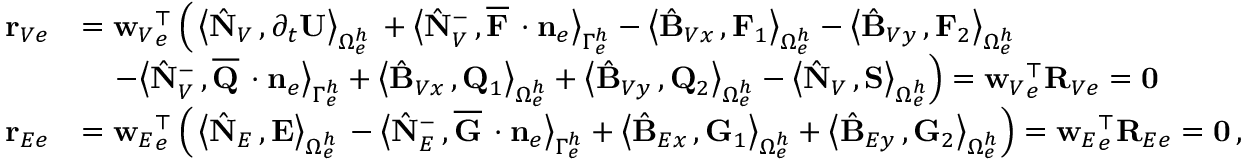
\begin{array} { r l } { { \bf r } _ { V e } } & { = { { \bf w } _ { V } } _ { e } ^ { \top } \left( \, \big \langle \hat { \bf N } _ { V } \, , \partial _ { { t } } { \bf U } \big \rangle _ { \Omega _ { e } ^ { h } } \, + \big \langle \hat { \bf N } _ { V } ^ { - } \, , \overline { { { \bf F } } } \, \cdot { { \bf n } } _ { e } \big \rangle _ { \Gamma _ { e } ^ { h } } - \big \langle \hat { \bf B } _ { V x } \, , { \bf F } _ { 1 } \big \rangle _ { \Omega _ { e } ^ { h } } - \big \langle \hat { \bf B } _ { V y } \, , { \bf F } _ { 2 } \big \rangle _ { \Omega _ { e } ^ { h } } \right. } \\ & { \quad \left. - \big \langle \hat { \bf N } _ { V } ^ { - } \, , \overline { { { \bf Q } } } \, \cdot { { \bf n } } _ { e } \big \rangle _ { \Gamma _ { e } ^ { h } } + \big \langle \hat { \bf B } _ { V x } \, , { \bf Q } _ { 1 } \big \rangle _ { \Omega _ { e } ^ { h } } + \big \langle \hat { \bf B } _ { V y } \, , { \bf Q } _ { 2 } \big \rangle _ { \Omega _ { e } ^ { h } } - \big \langle \hat { \bf N } _ { V } \, , { \bf S } \big \rangle _ { \Omega _ { e } ^ { h } } \right) = { { \bf w } _ { V } } _ { e } ^ { \top } { \bf R } _ { V e } = { \bf 0 } } \\ { { \bf r } _ { E e } } & { = { { \bf w } _ { E } } _ { e } ^ { \top } \left( \, \big \langle \hat { \bf N } _ { E } \, , { \bf E } \big \rangle _ { \Omega _ { e } ^ { h } } \, - \big \langle \hat { \bf N } _ { E } ^ { - } \, , \overline { { { \bf G } } } \, \cdot { { \bf n } } _ { e } \big \rangle _ { \Gamma _ { e } ^ { h } } + \big \langle \hat { \bf B } _ { E x } \, , { \bf G } _ { 1 } \big \rangle _ { \Omega _ { e } ^ { h } } + \big \langle \hat { \bf B } _ { E y } \, , { \bf G } _ { 2 } \big \rangle _ { \Omega _ { e } ^ { h } } \right) = { { \bf w } _ { E } } _ { e } ^ { \top } { \bf R } _ { E e } = { \bf 0 } \, , } \end{array}